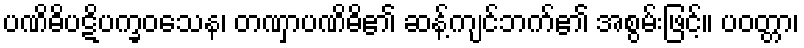
ပဏိဓိပဋိပက္ခဝသေန၊ တဏှာပဏိဓိ၏ ဆန့်ကျင်ဘက်၏ အစွမ်းဖြင့်။ ပဝတ္တာ၊